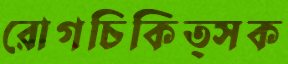
রোগচিকিত্সক